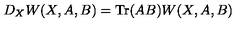
D _ { X } W ( X , A , B ) = \mathrm { T r } ( A B ) W ( X , A , B )